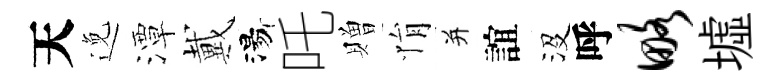
天𨓜潭戴湯吒贈悁并誼沒呼略墟